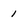
Character: 1